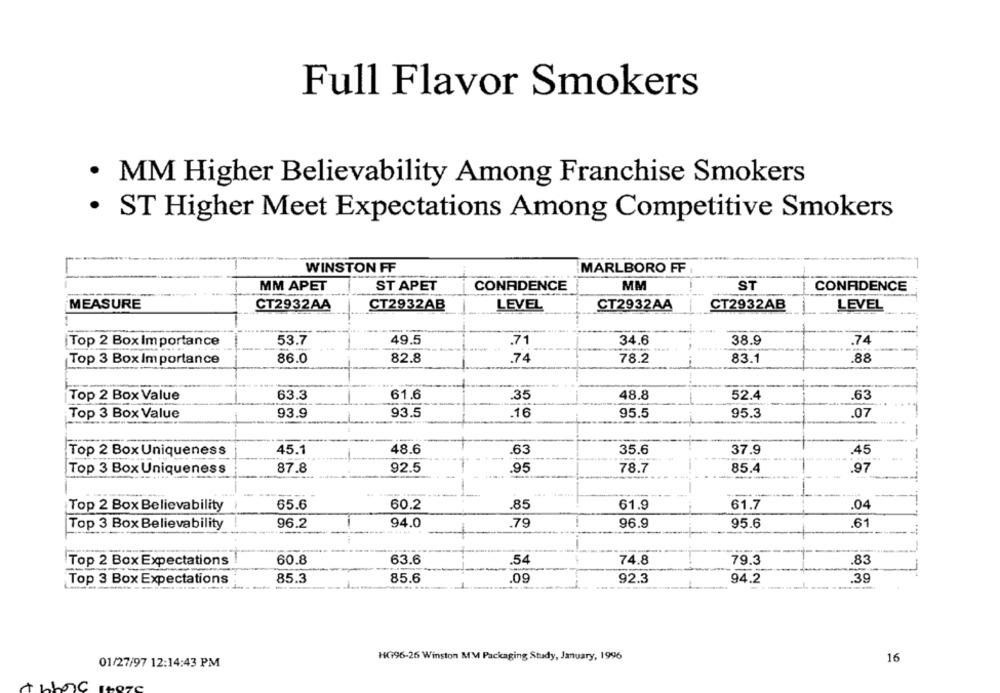
Full Flavor Smokers
· MM Higher Believability Among Franchise Smokers
· ST Higher Meet Expectations Among Competitive Smokers
WINSTON FF
MARLBORO FF
MM APET
ST APET
CONADENCE
MM
ST
CONFIDENCE
MEASURE
CT2932AB
CT2932AA
LEVEL
CT2932AA
CT2932AB
LEVEL
38.9
Top 2 Box Importance
53.7
49.5
.71
34.6
.74
Top 3 Box Importance
86.0
82.8
.74
78.2
83.1
.88
61.6
Top 2 Box Value
63.3
.35
48.8
52.4
.63
Top 3 Box Value
93.9
93.5
.16
95.5
95.3
.07
45.1
48.6
.63
Top 2 Box Uniqueness
35.6
37.9
.45
-
Top 3 Box Uniqueness
87.8
92.5
.95
78.7
85.4
.97
Top 2 Box Believability
65.6
.85
61.9
61.7
.04
60.2
Top 3 Box Believability
96.2
94.0
.79
96.9
95.6
.61
Top 2 Box Expectations
60.8
63.6
.54
74.8
79.3
.83
Top 3 Box Expectations
85.3
85.6
.09
92.3
94.2
39
HG96-26 Winston MM Packaging Study, January, 1996
16
01/27/97 12:14:43 PM
C